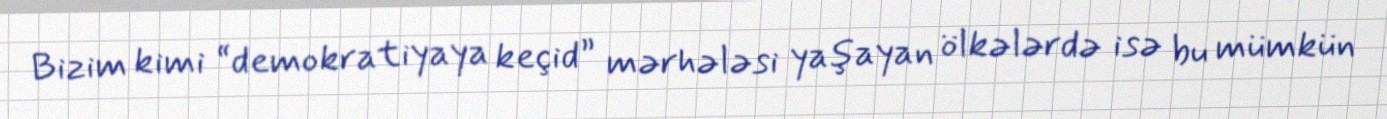
Bizim kimi “demokratiyaya keçid” mərhələsi yaşayan ölkələrdə isə bu mümkün